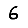
Digit: 6